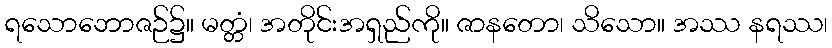
ရသောဘောဇဉ်၌။ မတ္တံ၊ အတိုင်းအရှည်ကို။ ဇာနတော၊ သိသော။ အဿ နရဿ၊